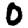
Digit: 0